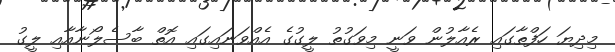
މިދިޔަ ހަފްތާގައި ރެއާލުން ވަނީ މިވަގުތު ލީގުގެ އެއްވަނައިގައި އޮތް ބާސެލޯނާއާއި ލީގު